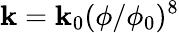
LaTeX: \mathbf{k}=\mathbf{k}_{0}(\phi/\phi_{0})^{8}